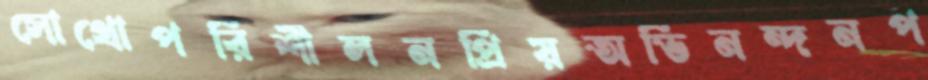
সোথোপরিশীলনপ্রিয়অভিনন্দনপ